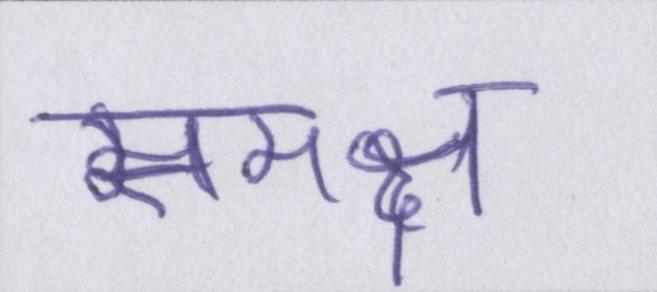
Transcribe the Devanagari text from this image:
समक्ष